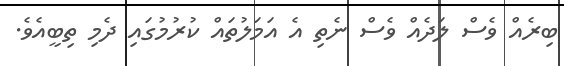
ބިރެއް ވެސް ލަދެއް ވެސް ނެތި އެ އަމަލުތައް ކުރުމުގައި ދެމި ތިބީއެވެ.